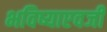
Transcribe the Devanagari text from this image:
भविष्याएवजी